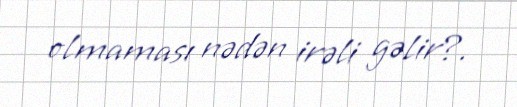
olmaması nədən irəli gəlir?.